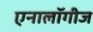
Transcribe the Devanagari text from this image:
एनालॉगीज